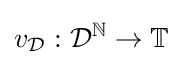
v_{\mathcal {D}}:{\mathcal {D}}^{\mathbb {N} }\rightarrow \mathbb {T}